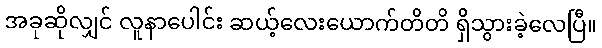
အခုဆိုလျှင် လူနာပေါင်း ဆယ့်လေးယောက်တိတိ ရှိသွားခဲ့လေပြီ။